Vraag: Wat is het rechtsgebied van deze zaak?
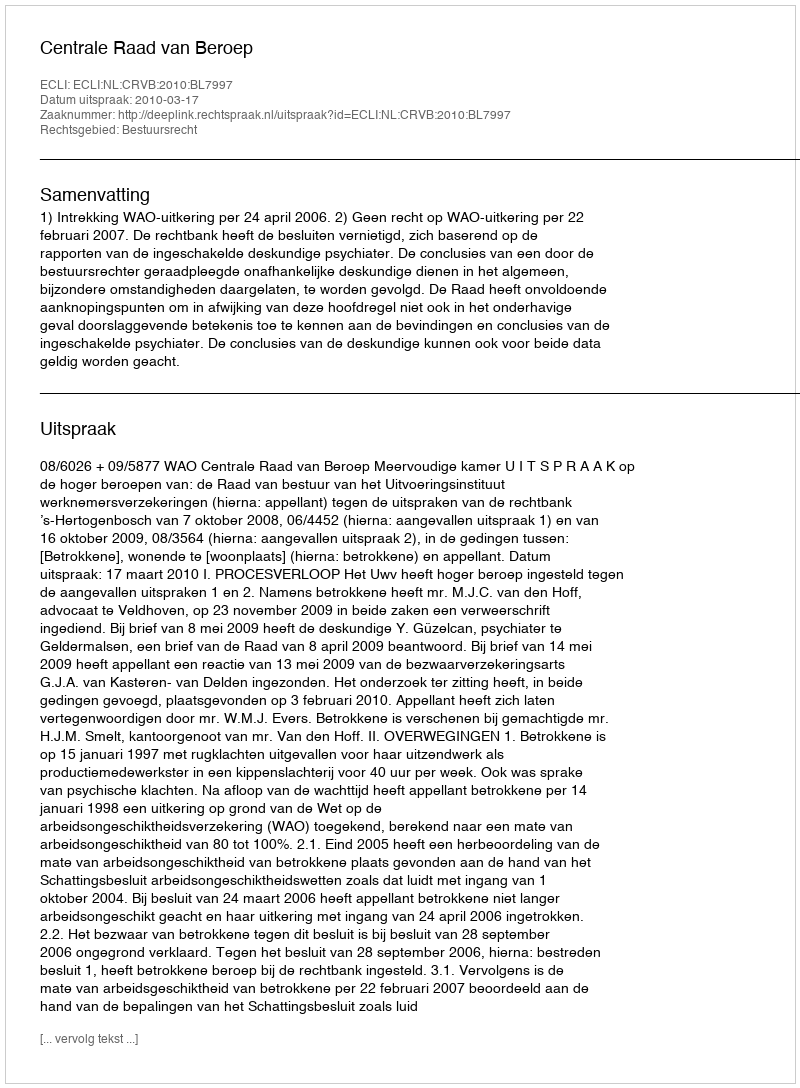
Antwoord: Bestuursrecht